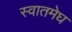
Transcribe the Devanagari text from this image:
स्वातमेघ